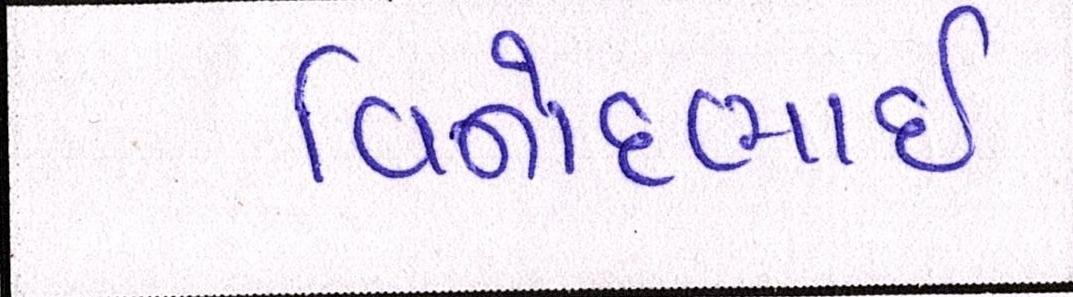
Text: વિનોદભાઈ